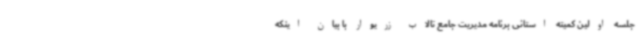
جلسه اولین کمیته استانی برنامه مدیریت جامع تالاب زریوار با بیان اینکه